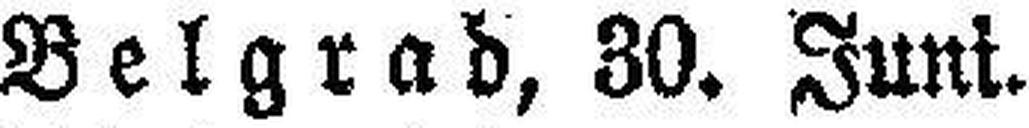
Belgrad, 30. Juni.